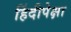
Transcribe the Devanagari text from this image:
हिंदीपेक्षा